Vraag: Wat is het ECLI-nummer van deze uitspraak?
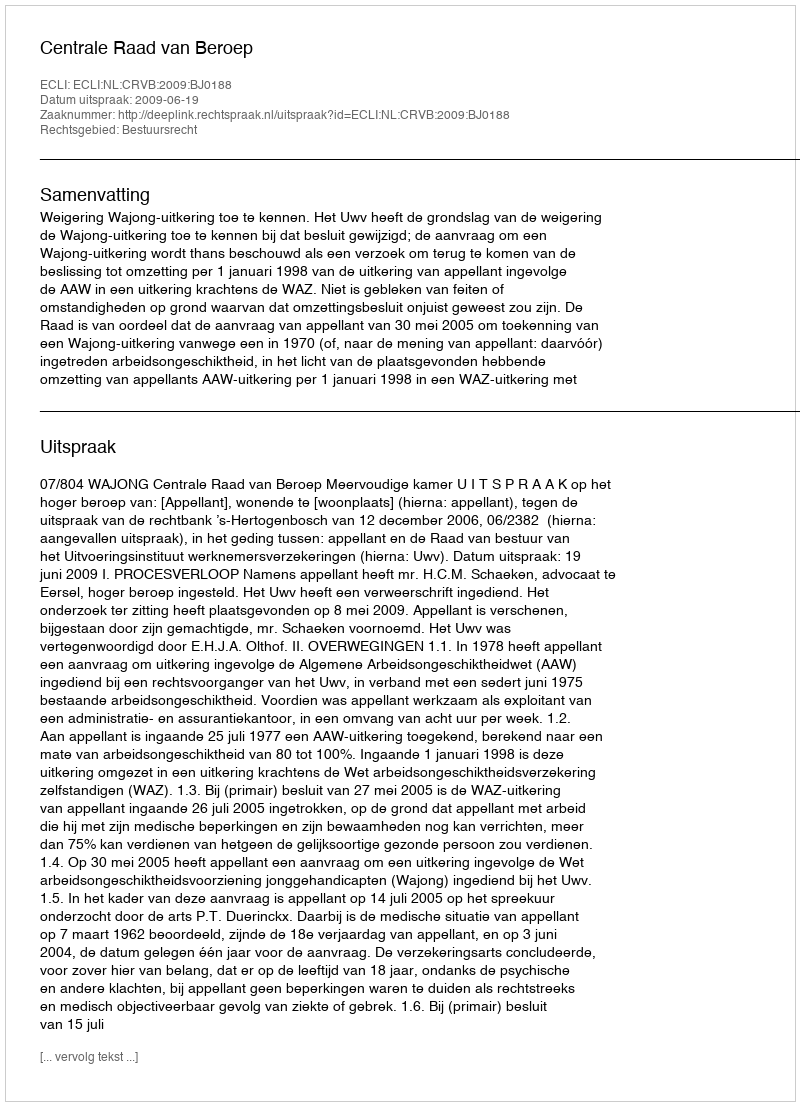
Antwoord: ECLI:NL:CRVB:2009:BJ0188